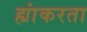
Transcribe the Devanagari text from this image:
ह्यांकरता